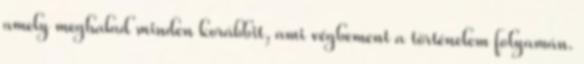
amely meghalad minden korábbit, ami végbement a történelem folyamán.